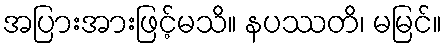
အပြားအားဖြင့်မသိ။ နပဿတိ၊ မမြင်။